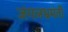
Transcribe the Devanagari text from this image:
जंगलभ्रमंती